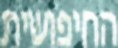
החיפושית